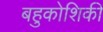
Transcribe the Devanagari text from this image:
बहुकोशिकी